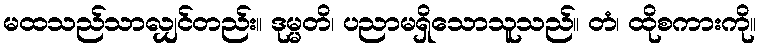
မထသည်သာလျှင်တည်း။ ဒုမ္မတိ၊ ပညာမရှိသောသူသည်။ တံ၊ ထိုစကားကို။